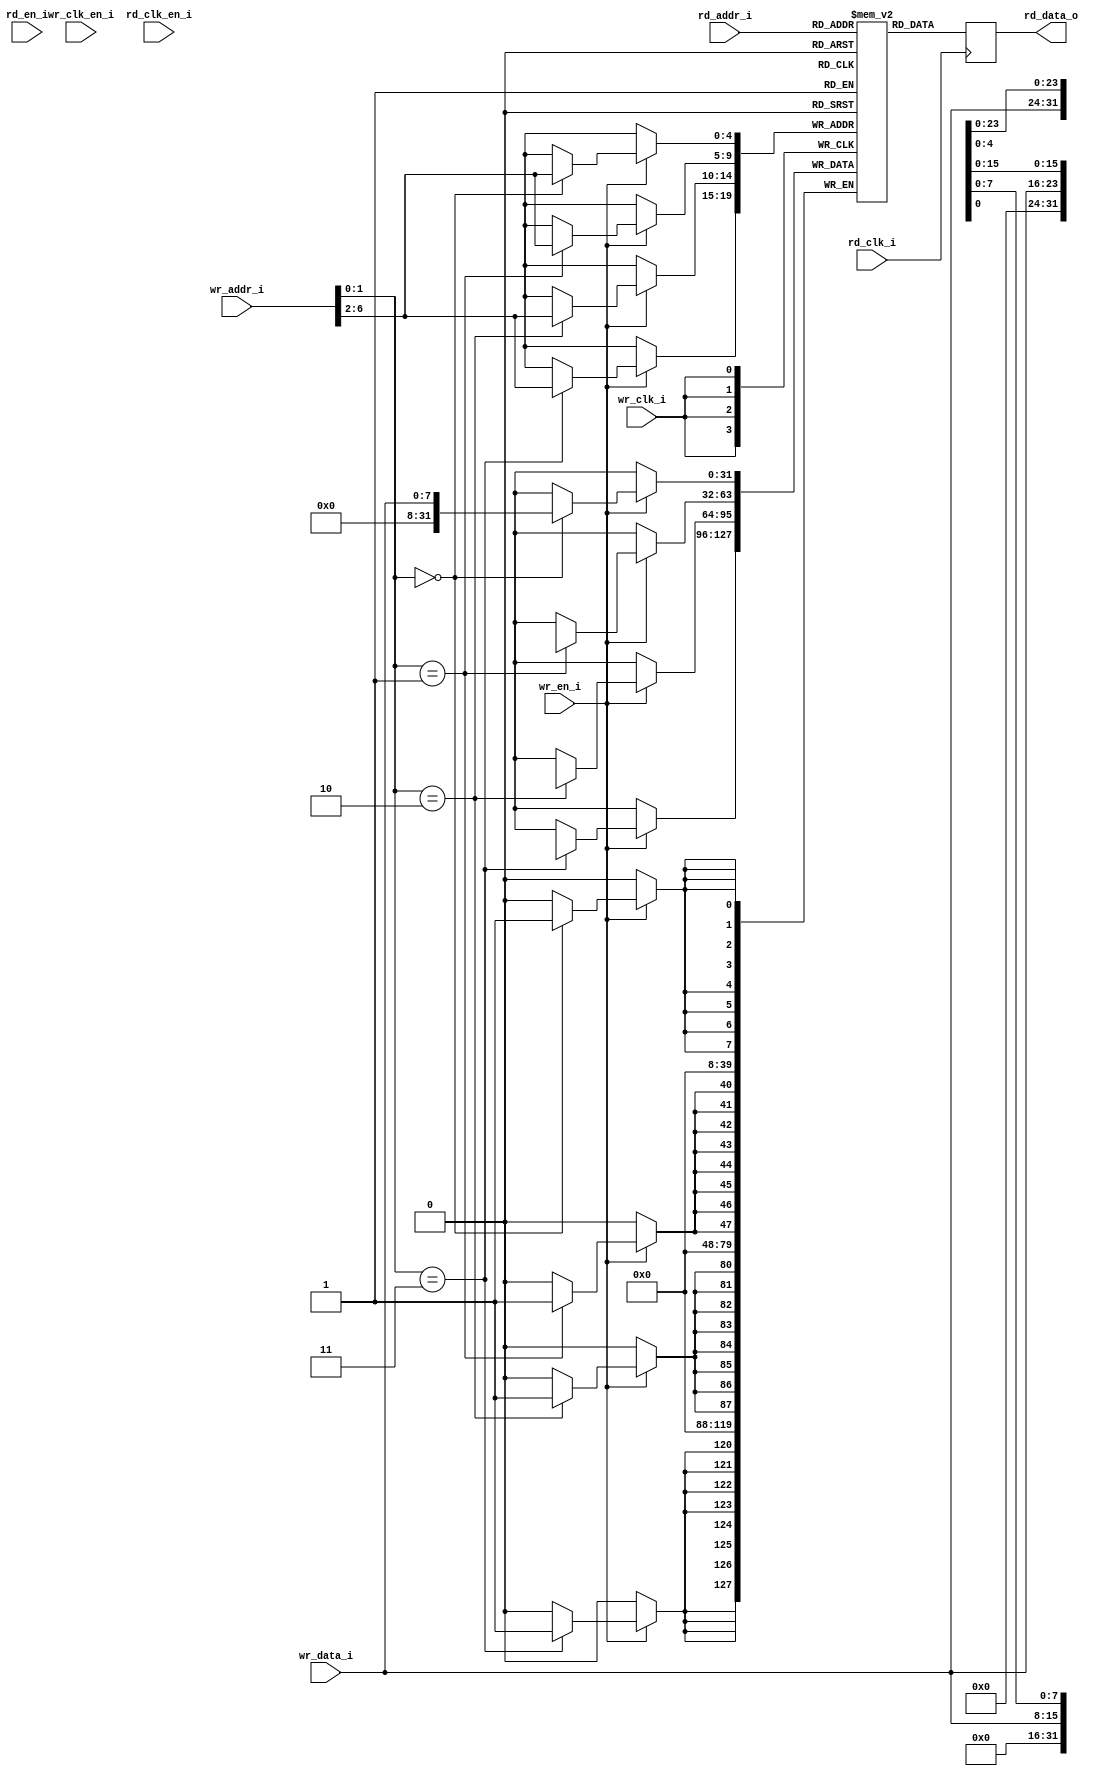
// `default_nettype none
module audio_attr_ram(
    input  wire        wr_clk_i,
    input  wire        rd_clk_i,
    input  wire        wr_clk_en_i,
    input  wire        rd_en_i,
    input  wire        rd_clk_en_i,
    input  wire        wr_en_i,
    input  wire  [7:0] wr_data_i,
    input  wire  [6:0] wr_addr_i,
    input  wire  [4:0] rd_addr_i,
    output reg  [31:0] rd_data_o);

    reg [31:0] mem[0:31];

    always @(posedge wr_clk_i) begin
        if (wr_en_i) begin
            if (wr_addr_i[1:0] == 2'd0) mem[wr_addr_i[6:2]][7:0]   <= wr_data_i;
            if (wr_addr_i[1:0] == 2'd1) mem[wr_addr_i[6:2]][15:8]  <= wr_data_i;
            if (wr_addr_i[1:0] == 2'd2) mem[wr_addr_i[6:2]][23:16] <= wr_data_i;
            if (wr_addr_i[1:0] == 2'd3) mem[wr_addr_i[6:2]][31:24] <= wr_data_i;
        end
    end

    always @(posedge rd_clk_i) begin
        rd_data_o <= mem[rd_addr_i];
    end

    initial begin: INIT
        integer i;
        for (i=0; i<32; i=i+1) begin
            mem[i] = 0;
        end
    end

endmodule